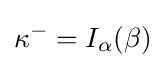
\kappa ^{-}=I_{\alpha }(\beta )